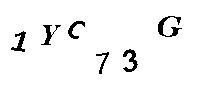
1YC73G